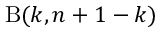
\mathrm { B } ( k , n + 1 - k )